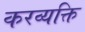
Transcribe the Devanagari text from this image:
करव्यक्ति